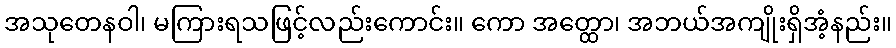
အသုတေနဝါ၊ မကြားရသဖြင့်လည်းကောင်း။ ကော အတ္ထော၊ အဘယ်အကျိုးရှိအံ့နည်း။